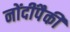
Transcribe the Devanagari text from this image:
नोंदींपैकी